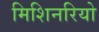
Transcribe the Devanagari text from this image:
मिशिनरियो